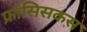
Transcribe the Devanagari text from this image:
फ्रांसिसकस